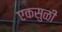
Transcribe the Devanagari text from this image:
एकसुळी